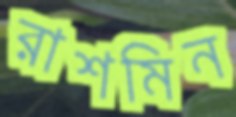
রাশমিন